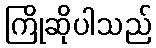
ကြိုဆိုပါသည်